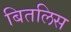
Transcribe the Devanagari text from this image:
बितलिस